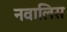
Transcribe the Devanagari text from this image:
नवालिस